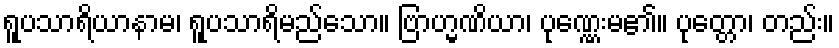
ရူပသာရိယာနာမ၊ ရူပသာရိမည်သော။ ဗြာဟ္မဏိယာ၊ ပုဏ္ဏေးမ၏။ ပုတ္တော၊ တည်း။